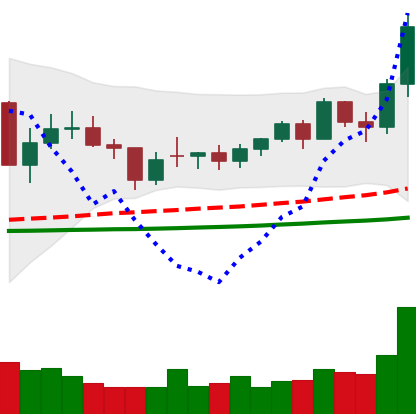
Ticker: NEO-USD
Chart end date: 2021-02-09
Forward return: 43.403%
Label: up_7plus